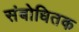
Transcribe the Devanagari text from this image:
संबोधितक